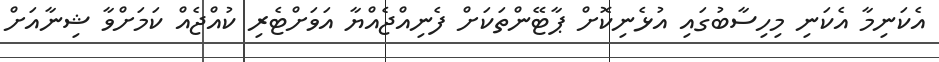
އެކަނިމާ އެކަނި މިހިސާބުގައި އުޅެނިކޮށް ޕާޓޭންތަކަށް ފެނިއްޖެއްޔާ އަވަށްޓެރި ކުއްޖެއް ކަމަށްވާ ޝިނާއަށް